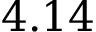
4 . 1 4